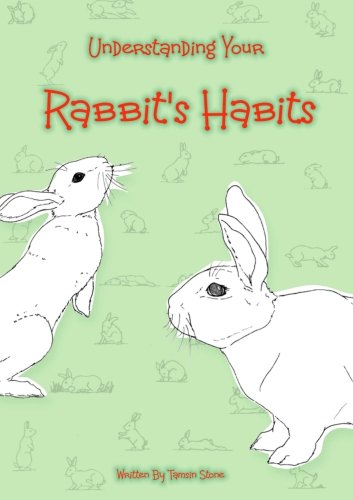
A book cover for Understanding Your Rabbit's Habits; Tamsin Stone; Crafts, Hobbies & Home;